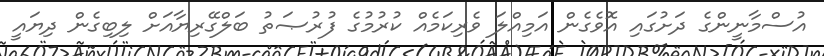
އުސްމާނީންގެ ދަށުގައި އޮވެގެން އަމިއްލަ ވެރިކަމެެއް ކުރުމުގެ ފުރުޞަތު ބަލްގޭރިޔާއަށް ލިބިގެން ދިޔައީ